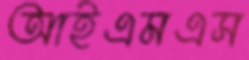
আইএমএস